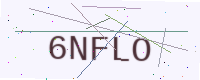
Text: 6NFLO